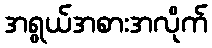
အရွယ်အစားအလိုက်